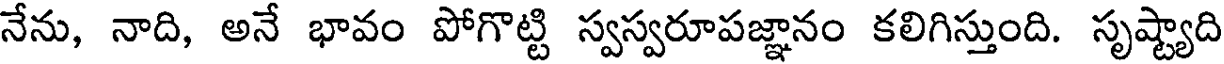
నేను, నాది, అనే భావం పోగొట్టి స్వస్వరూపజ్ఞానం కలిగిస్తుంది. సృష్ట్యాది